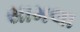
સામલા